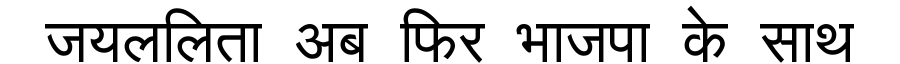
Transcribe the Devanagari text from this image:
जयललिता अब फिर भाजपा के साथ